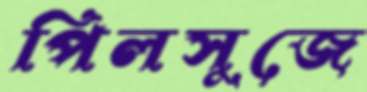
পিলসুজে